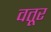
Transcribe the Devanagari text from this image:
वतूर